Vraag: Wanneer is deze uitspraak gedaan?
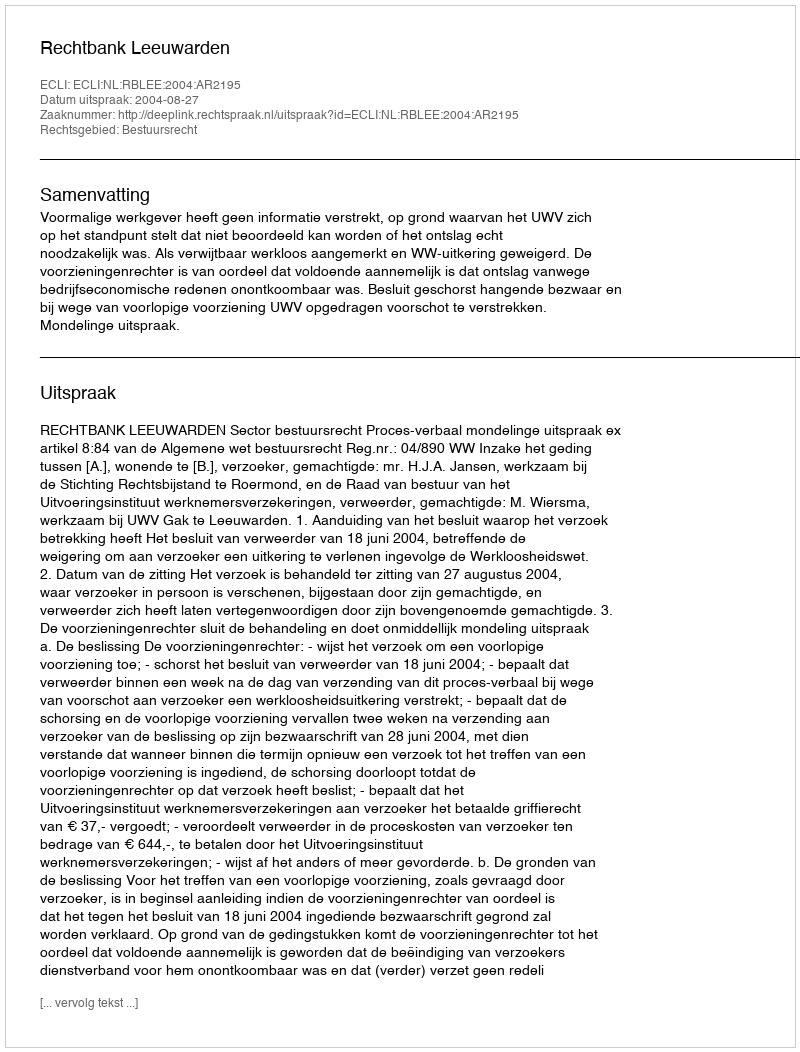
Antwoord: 2004-08-27